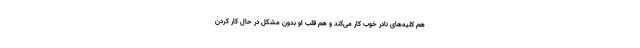
هم کلیه‌های نادر خوب کار می‌کند و هم قلب او بدون مشکل در حال کار کردن